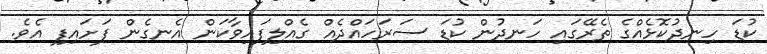
ކުޑަ ހިނދުކޮޅެއްގެ ތެރޭގައި ހަނދުން ކުޑަ ސަރަހައްދެއް ގެއްލިފައިވާކަން އެނގެން ފަށައިފި އެވެ.